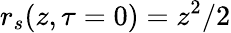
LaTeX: r_{s}(z,\tau=0)=z^{2}/2